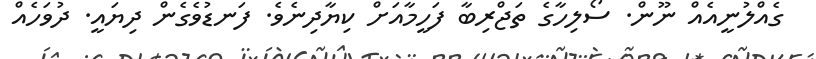
ގެއްލުނީއެއް ނޫން. ސޯލިހާގެ ތަޖްރިބާ ފަހީމާއަށް ކިޔާދިނެވެ. ފަނޑުވެގެން ދިޔައީ. ދުވަހެއް